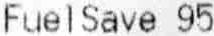
FUELSAVE 95